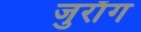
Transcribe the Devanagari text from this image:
जुराँग